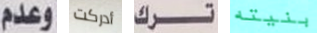
وعدم أدركت ترك بنيته